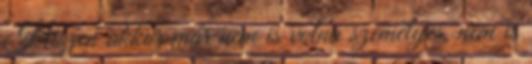
Hiszen akkor már nem is volna személyes, nem is